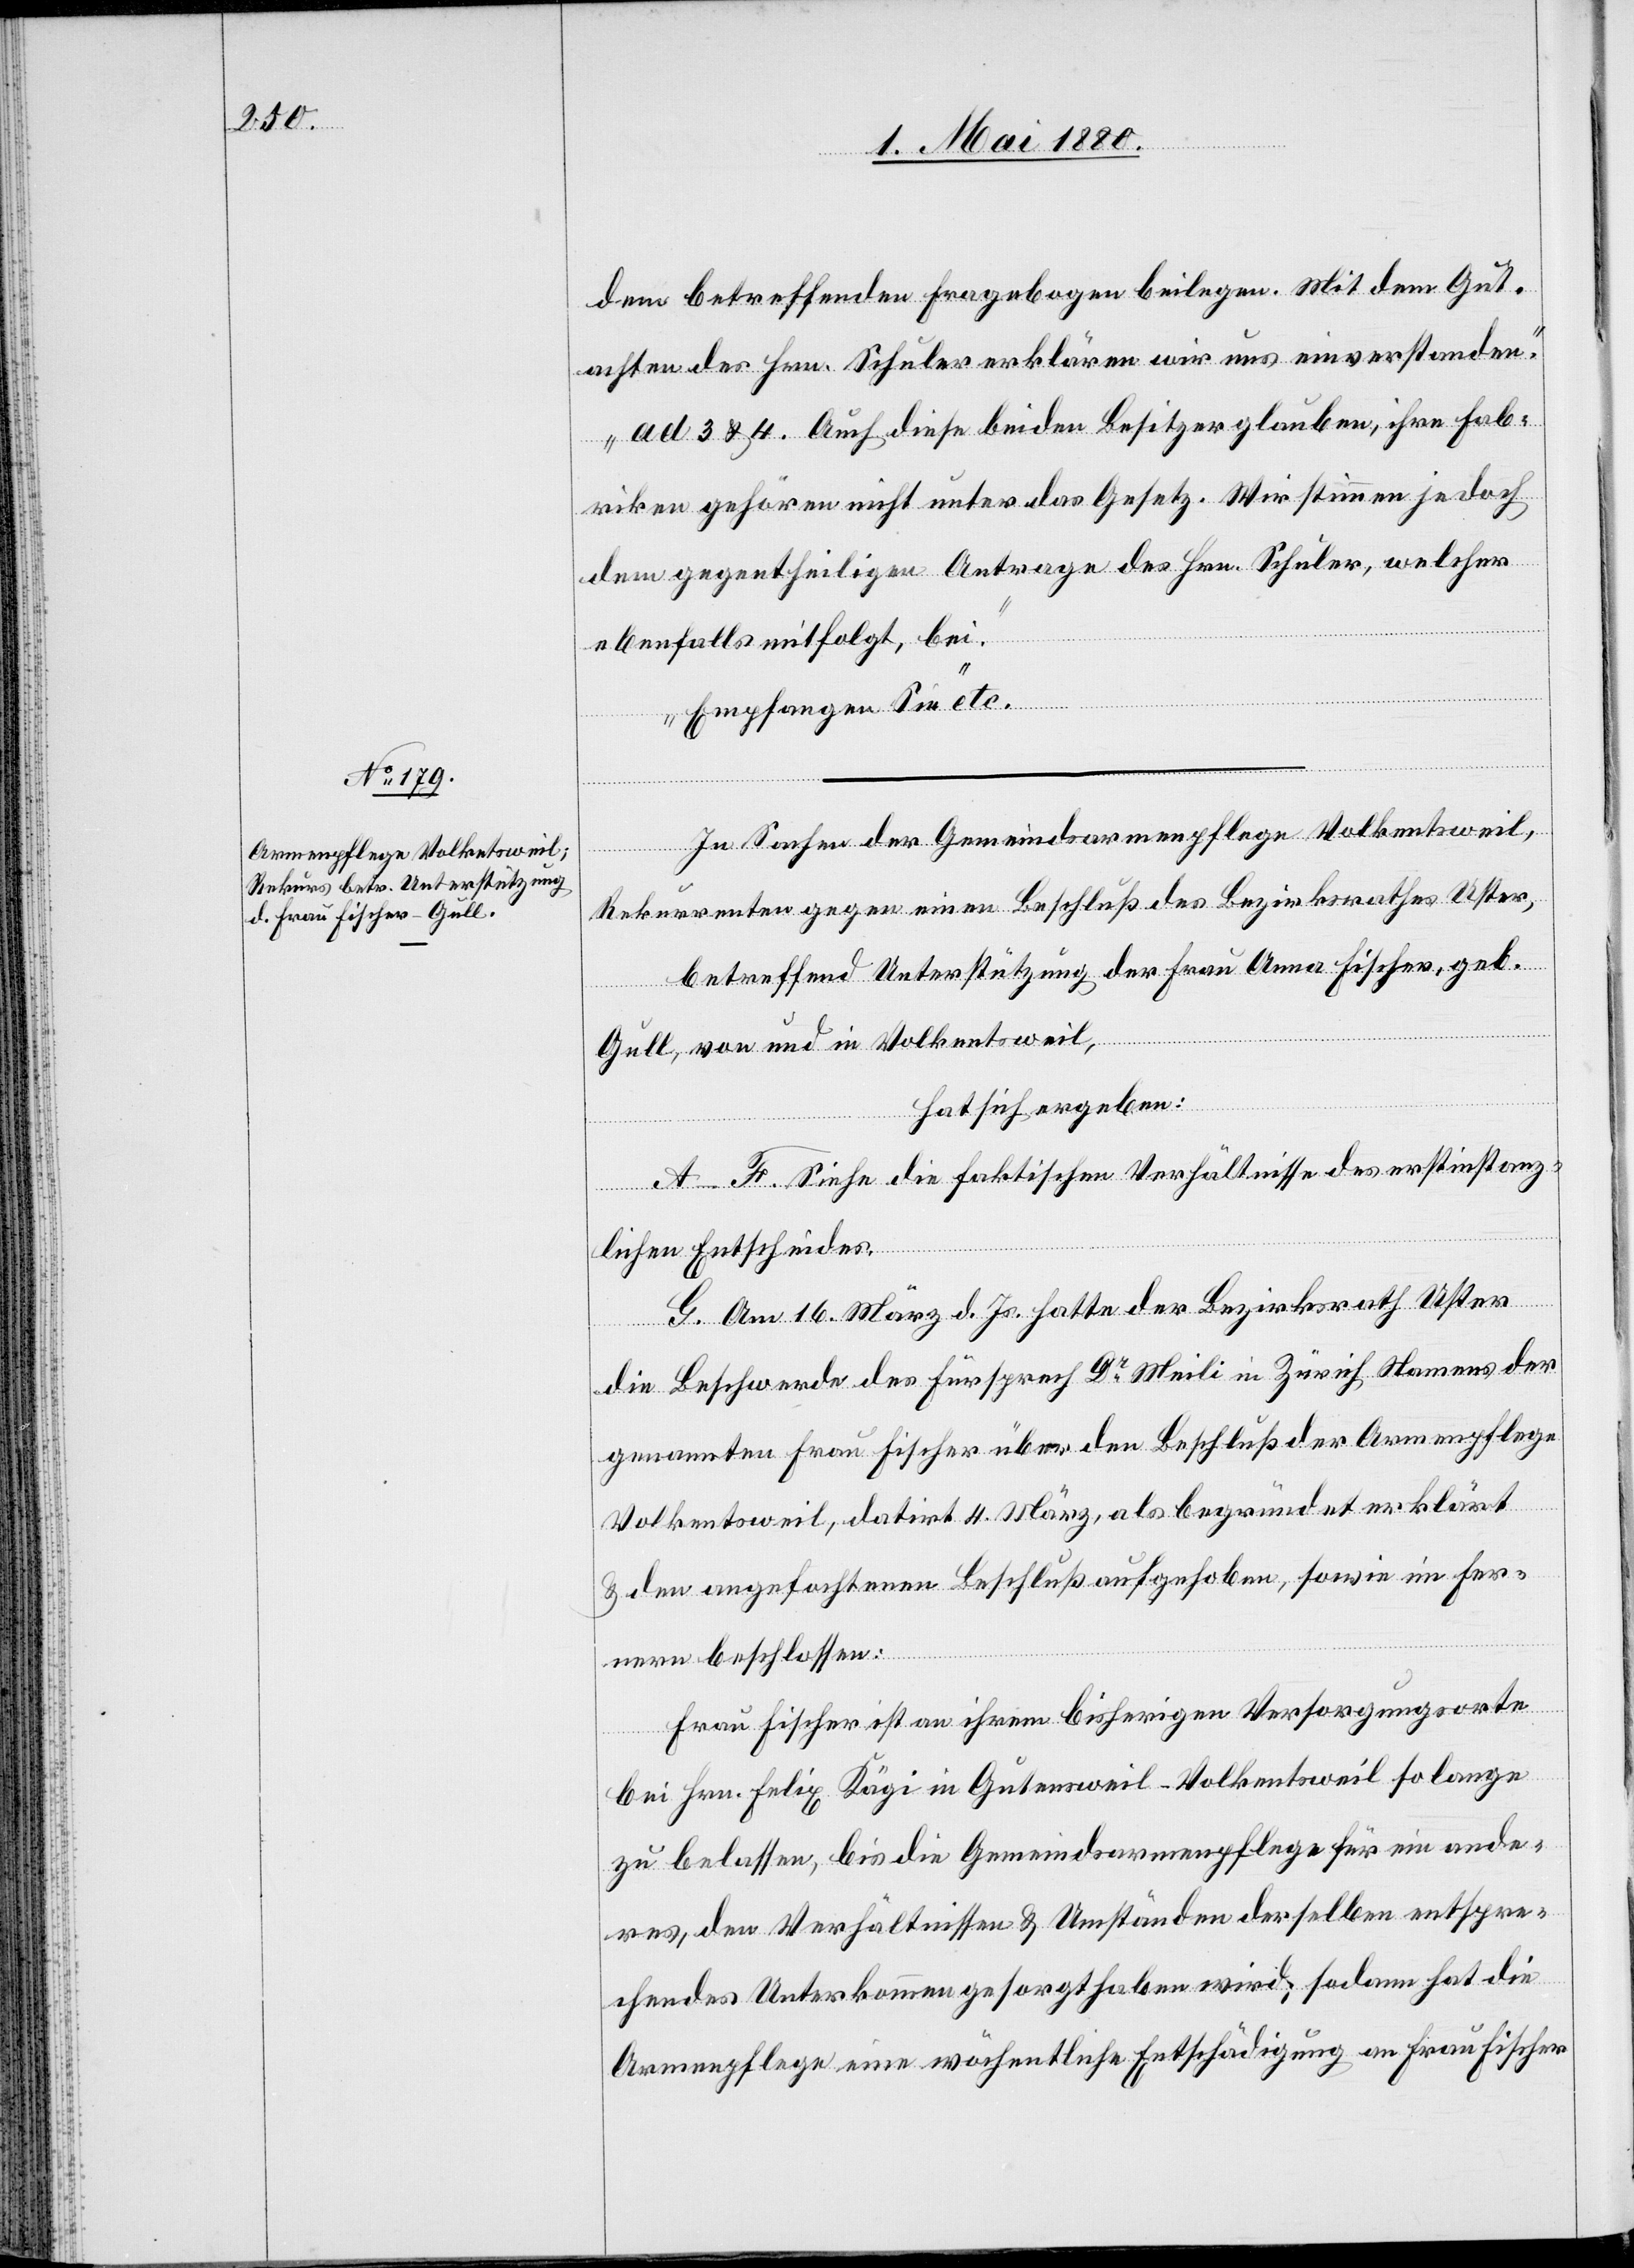
dem betreffenden Fragebogen beilegen. Mit dem Gut¬
achten des Hrn. Schuler erklären wir uns einverstanden.
ad 3 & 4. Auch diese beiden Besitzer glauben, ihre Fab¬
riken gehören nicht unter das Gesetz. Wir stimmen jedoch
dem gegentheiligen Antrage des Hrn. Schuler, welcher
ebenfalls mitfolgt, bei.
Empfangen Sie“ etc.
In Sachen der Gemeindsarmenpflege Volkentsweil
Rekurrenten gegen einen Beschluß des Bezirksrathes Uster,
betreffend Unterstützung der Frau Anna Fischer, geb.
Gull, von und in Volkentsweil,
hat sich ergeben:
A–F. Siehe die faktischen Verhältnisse des erstinstanz¬
lichen Entscheides.
G. Am 16. März d. Js. hatte der Bezirksrath Uster
die Beschwerde des Fürsprech Dr Meili in Zürich Namens der
genannten Frau Fischer über den Beschluß der Armenpflege
Volkentsweil, datirt 4. März, als begründet erklärt
& den angefochtenen Beschluß aufgehoben, sowie im Fer¬
nern beschlossen:
Frau Fischer ist an ihrem bisherigen Versorgungsorte
bei Hrn. Felix Kägi in Gutensweil -Volkentsweil so lange
zu belassen, bis die Gemeindsarmenpflege für ein ande¬
res, den Verhältnissen & Umständen derselben entspre¬
chendes Unterkommen gesorgt haben wird; sodann hat die
Armenpflege eine wöchentliche Entschädigung an Frau Fischer